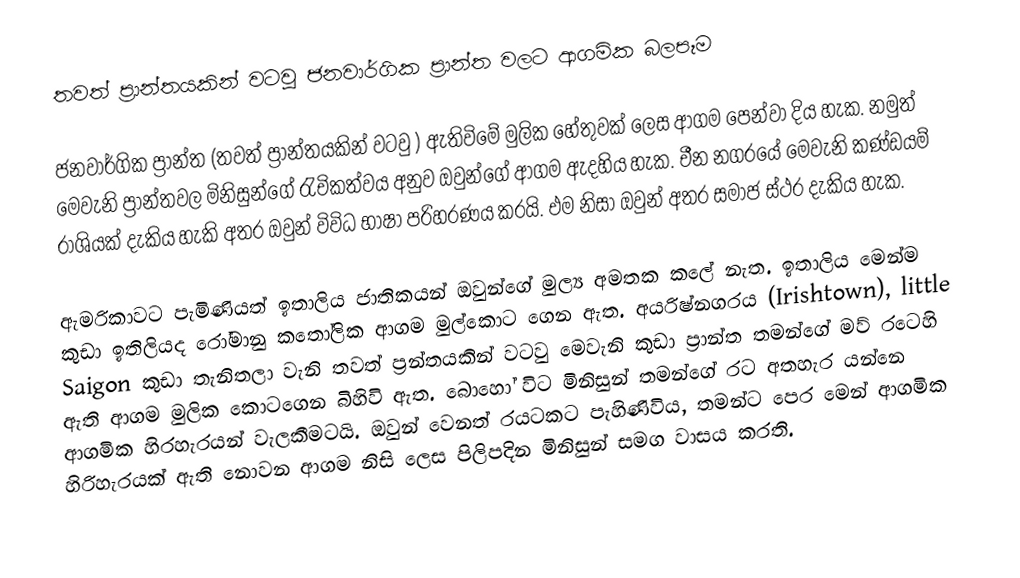
තවත් ප්‍රාන්තයකින් වටවු ජනවාර්ගික ප්‍රාන්ත වලට ආගමික බලපෑම

ජනවාර්ගික ප්‍රාන්ත (තවත් ප්‍රාන්තයකින් වටවු ) ඇතිවිමේ මුලික හේතුවක් ලෙස ආගම පෙන්වා දිය හැක. නමුත් මෙවැනි ප්‍රාන්තවල මිනිසුන්ගේ රැචිකත්වය අනුව ඔවුන්ගේ ආගම ඇදහිය හැක. චීන නගරයේ මෙවැනි කණ්ඩයම් රාශියක් දැකිය හැකි අතර ඔවුන් විවිධ භාෂා පරිහරණය කරයි. එම නිසා ඔවුන් අතර සමාජ ස්ථර දැකිය හැක.

ඇමරිකාවට පැමිණියත් ඉතාලිය ජාතිකයන් ඔවුන්ගේ මුල්‍ය අමතක ‍කලේ නැත. ඉතාලිය මෙන්ම කුඩා ඉතිලියද රෝමානු කතෝලික ආගම මුල්කොට ගෙන ඇත. අයරිෂ්නගරය (Irishtown), little Saigon  කුඩා තැනිතලා වැනි තවත් ප්‍රන්තයකින් වටවු මෙවැනි කුඩා ප්‍රාන්ත තමන්ගේ මව් රටෙහි ඇති ආගම මුලික කොටගෙන බිහිවි ඇත. බොහෝ විට මිනිසුන් තමන්ගේ රට අතහැර යන්නෙ ආගමික හිරහැරයන් වැලකීමටයි. ඔවුන් වෙනත් රයටකට පැහිණිවිය, තමන්ට පෙර මෙන් ආගමික හිරිහැරයක් ඇති නොවන ආගම නිසි ලෙස පිලිපදින මිනිසුන් සමග වාසය කරති.